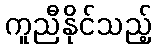
ကူညီနိုင်သည့်